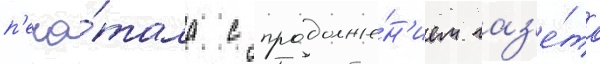
п'еча́тала с продолже́н'ием газ'е́та